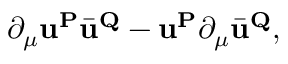
\partial _ { \mu } { \mathbf { u } } ^ { \mathbf { P } } \bar { \mathbf { u } } ^ { \mathbf { Q } } - { \mathbf { u } } ^ { \mathbf { P } } \partial _ { \mu } \bar { \mathbf { u } } ^ { \mathbf { Q } } ,